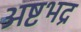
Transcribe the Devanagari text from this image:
अष्टभद्र